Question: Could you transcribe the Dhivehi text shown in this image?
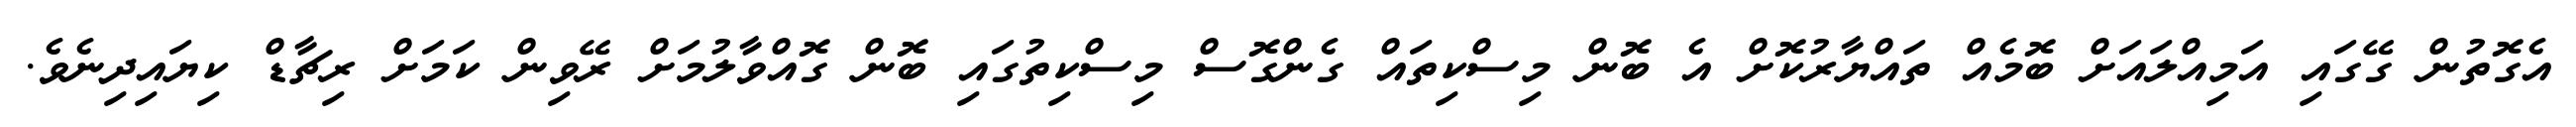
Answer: އެގޮތުން ގޭގައި އަމިއްލައަށް ބޮމެއް ތައްޔާރުކޮށް އެ ބޮން މިސްކިތައް ގެންގޮސް މިސްކިތުގައި ބޮން ގޮއްވާލުމަށް ރޭވިން ކަމަށް ރިޗާޑް ކިޔައިދިނެވެ.